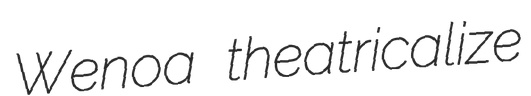
Wenoa theatricalize